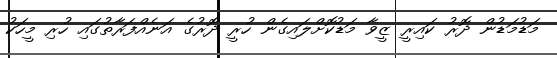
މަޑުމަޑުން ދޮރު ކައިރީ ޒީވާ މަޑުކޮށްލައިގެން ހުރީ ދޮރުގެ އަނެއްފަރާތުގައި ހުރި މީހަކު